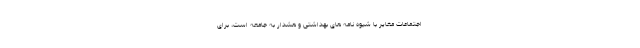
اجتماعات مغایر با شیوه نامه های بهداشتی و هشدار به جامعه است، برای